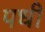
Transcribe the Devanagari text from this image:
पधी